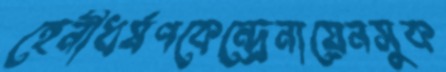
হেনীধর্ষণকেন্দ্রেনায়েনসুক